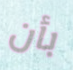
بأن